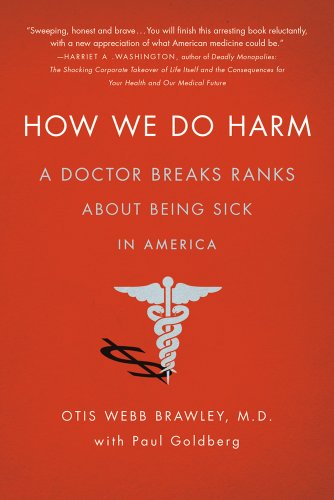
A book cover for How We Do Harm: A Doctor Breaks Ranks About Being Sick in America; Otis Webb Brawley; Medical Books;